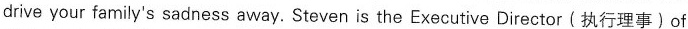
drive your family's sadness away. Steven is the Executive Director (执行理事) of